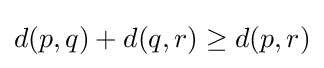
d(p,q)+d(q,r)\geq d(p,r)